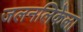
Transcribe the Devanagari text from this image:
जलनलिकेला